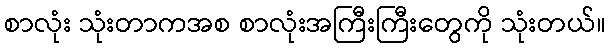
စာလုံး သုံးတာကအစ စာလုံးအကြီးကြီးတွေကို သုံးတယ်။